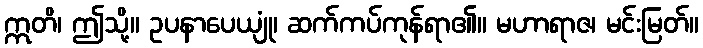
ဣတိ၊ ဤသို့။ ဥပနာပေယျုံ၊ ဆက်ကပ်ကုန်ရာ၏။ မဟာရာဇ၊ မင်းမြတ်။